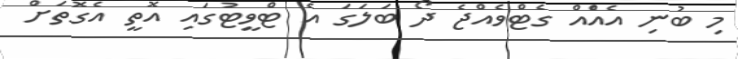
މި ބުނި އެއްެއް ގެޓްވެއްޖެ ދޯ ބަލަގަ އެ ޓްވީޓުގައި އޮތީ އެގޮތަށް